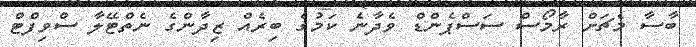
ބާސާ މެޗަށް ރާމޯސް ސަސްޕެންޑް ވެދާނެ ކަމުގެ ބިރެއް ޒިދާންގެ ނެތްޓޭލާ ސްވިފްޓް